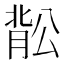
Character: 𬛉